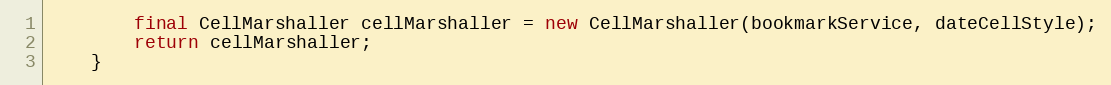
Language: Java
        final CellMarshaller cellMarshaller = new CellMarshaller(bookmarkService, dateCellStyle);
        return cellMarshaller;
    }